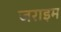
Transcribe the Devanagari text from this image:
जराइम